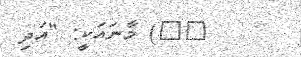
٢٠) މާނައަކީ: "އަދި